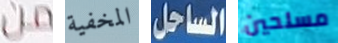
من المخفية الساحل مسلحين